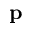
\mathbf { p }